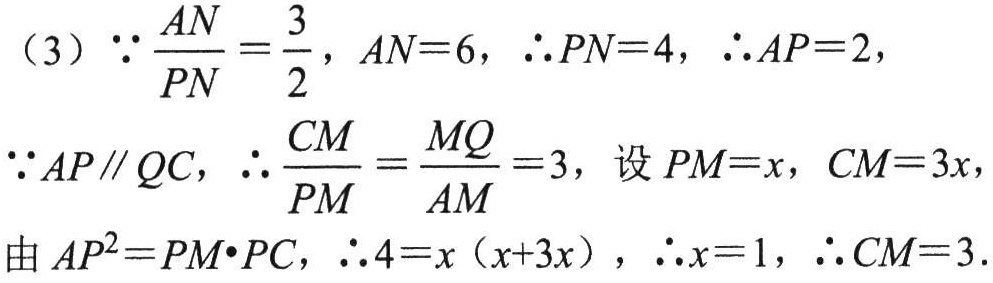
\[
\begin{align*}
&(3)\ \because\frac{AN}{PN}=\frac{3}{2},\ AN = 6,\ \therefore PN = 4,\ \therefore AP = 2,\\
&\because AP\parallel QC,\ \therefore\frac{CM}{PM}=\frac{MQ}{AM}=3,\ \text{设 }PM = x,\ CM = 3x,\\
&\text{由 }AP^{2}=PM\cdot PC,\ \therefore4=x(x + 3x),\ \therefore x = 1,\ \therefore CM = 3.
\end{align*}
\]